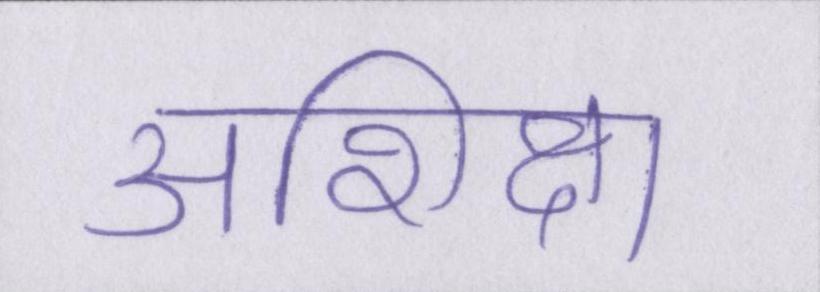
अशिक्षा